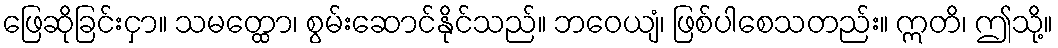
ဖြေဆိုခြင်းငှာ။ သမတ္ထော၊ စွမ်းဆောင်နိုင်သည်။ ဘဝေယျံ၊ ဖြစ်ပါစေသတည်း။ ဣတိ၊ ဤသို့။